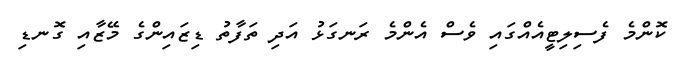
ކޮންމެ ފެސިލިޓީއެއްގައި ވެސް އެންމެ ރަނގަޅު އަދި ތަފާތު ޑިޒައިންގެ މޭޒާއި ގޮނޑި